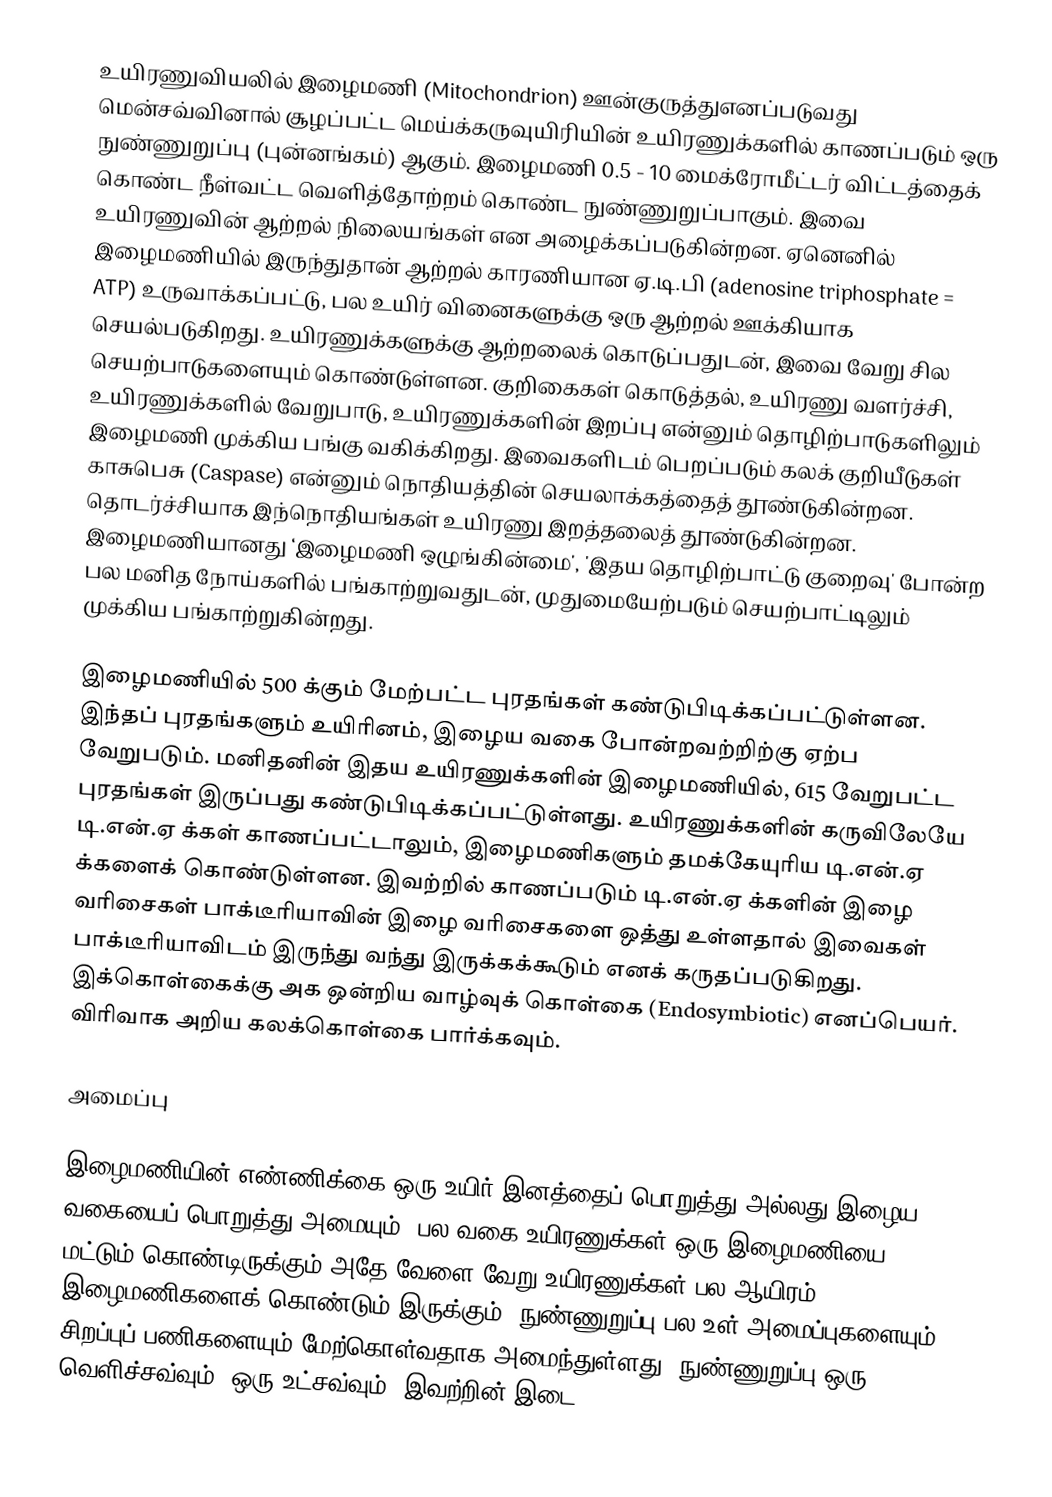
உயிரணுவியலில் இழைமணி (Mitochondrion) ஊன்குருத்துஎனப்படுவது மென்சவ்வினால் சூழப்பட்ட மெய்க்கருவுயிரியின் உயிரணுக்களில் காணப்படும் ஒரு நுண்ணுறுப்பு (புன்னங்கம்) ஆகும். இழைமணி 0.5 - 10 மைக்ரோமீட்டர் விட்டத்தைக் கொண்ட நீள்வட்ட வெளித்தோற்றம் கொண்ட நுண்ணுறுப்பாகும். இவை உயிரணுவின் ஆற்றல் நிலையங்கள் என அழைக்கப்படுகின்றன. ஏனெனில் இழைமணியில் இருந்துதான் ஆற்றல் காரணியான ஏ.டி.பி (adenosine triphosphate = ATP) உருவாக்கப்பட்டு, பல உயிர் வினைகளுக்கு ஒரு ஆற்றல் ஊக்கியாக செயல்படுகிறது. உயிரணுக்களுக்கு ஆற்றலைக் கொடுப்பதுடன், இவை வேறு சில செயற்பாடுகளையும் கொண்டுள்ளன. குறிகைகள் கொடுத்தல், உயிரணு வளர்ச்சி, உயிரணுக்களில் வேறுபாடு, உயிரணுக்களின் இறப்பு என்னும் தொழிற்பாடுகளிலும் இழைமணி முக்கிய பங்கு வகிக்கிறது. இவைகளிடம் பெறப்படும் கலக் குறியீடுகள் காசுபெசு (Caspase) என்னும் நொதியத்தின் செயலாக்கத்தைத் தூண்டுகின்றன. தொடர்ச்சியாக இந்நொதியங்கள் உயிரணு இறத்தலைத்  தூண்டுகின்றன. இழைமணியானது ‘இழைமணி ஒழுங்கின்மை', 'இதய தொழிற்பாட்டு குறைவு' போன்ற பல மனித நோய்களில் பங்காற்றுவதுடன், முதுமையேற்படும் செயற்பாட்டிலும் முக்கிய பங்காற்றுகின்றது.

இழைமணியில் 500 க்கும் மேற்பட்ட புரதங்கள் கண்டுபிடிக்கப்பட்டுள்ளன. இந்தப் புரதங்களும் உயிரினம், இழைய வகை போன்றவற்றிற்கு ஏற்ப வேறுபடும். மனிதனின் இதய உயிரணுக்களின் இழைமணியில், 615 வேறுபட்ட புரதங்கள் இருப்பது கண்டுபிடிக்கப்பட்டுள்ளது. உயிரணுக்களின் கருவிலேயே டி.என்.ஏ க்கள் காணப்பட்டாலும், இழைமணிகளும் தமக்கேயுரிய டி.என்.ஏ க்களைக் கொண்டுள்ளன. இவற்றில் காணப்படும் டி.என்.ஏ க்களின் இழை வரிசைகள் பாக்டீரியாவின் இழை வரிசைகளை ஒத்து உள்ளதால் இவைகள் பாக்டீரியாவிடம் இருந்து வந்து இருக்கக்கூடும் எனக் கருதப்படுகிறது. இக்கொள்கைக்கு அக ஒன்றிய வாழ்வுக் கொள்கை (Endosymbiotic) எனப்பெயர். விரிவாக அறிய கலக்கொள்கை பார்க்கவும்.

அமைப்பு

இழைமணியின் எண்ணிக்கை ஒரு உயிர் இனத்தைப் பொறுத்து அல்லது இழைய வகையைப் பொறுத்து அமையும். பல வகை உயிரணுக்கள் ஒரு இழைமணியை மட்டும் கொண்டிருக்கும் அதே வேளை வேறு உயிரணுக்கள் பல ஆயிரம் இழைமணிகளைக் கொண்டும் இருக்கும். நுண்ணுறுப்பு பல உள் அமைப்புகளையும், சிறப்புப் பணிகளையும் மேற்கொள்வதாக அமைந்துள்ளது. நுண்ணுறுப்பு  ஒரு வெளிச்சவ்வும், ஒரு உட்சவ்வும், இவற்றின் இடை